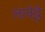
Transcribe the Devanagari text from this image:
लावेट्टे